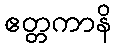
ဧတ္တကာနိ